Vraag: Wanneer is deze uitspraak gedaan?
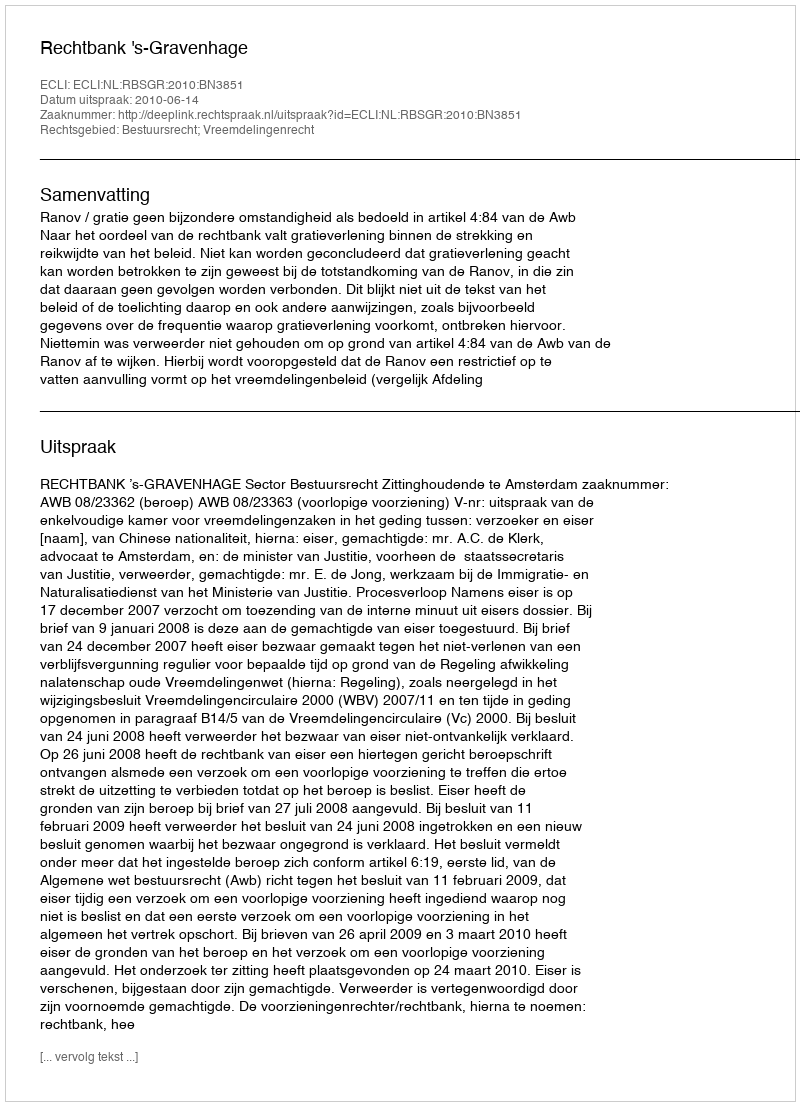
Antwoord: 2010-06-14